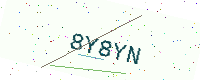
Text: 8Y8YN